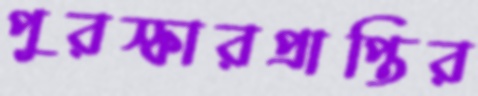
পুরস্কারপ্রাপ্তির